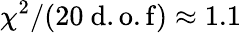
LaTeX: \chi^{2}/(20~\mathrm{d.o.f})\approx 1.1